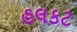
હલકટ